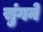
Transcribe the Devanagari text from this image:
सुंगने